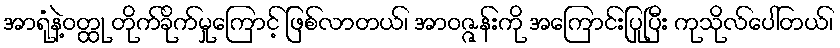
အာရုံနဲ့ဝတ္ထု တိုက်ခိုက်မှုကြောင့် ဖြစ်လာတယ်၊ အာဝဇ္ဇန်းကို အကြောင်းပြုပြီး ကုသိုလ်ပေါ်တယ်၊